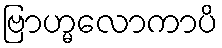
ဗြာဟ္မလောကာပိ